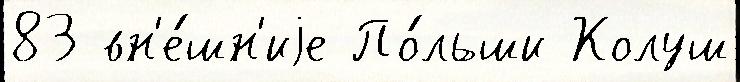
83 вн'е́шн'иjе По́льши Колуш